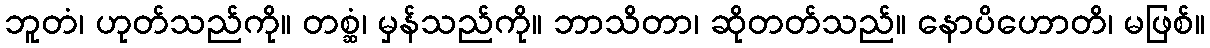
ဘူတံ၊ ဟုတ်သည်ကို။ တစ္ဆံ၊ မှန်သည်ကို။ ဘာသိတာ၊ ဆိုတတ်သည်။ နောပိဟောတိ၊ မဖြစ်။